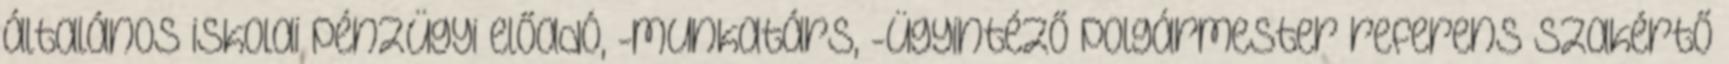
általános iskolai pénzügyi előadó, -munkatárs, -ügyintéző polgármester referens szakértő